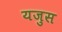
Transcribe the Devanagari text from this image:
यजुस